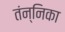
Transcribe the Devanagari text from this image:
तंन्निका